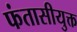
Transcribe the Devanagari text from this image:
फंतासीयुक्त